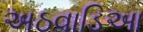
અઠવાડિઆ